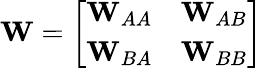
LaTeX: \mathbf{W}=\left[\begin{array}{ll}{\mathbf{W}_{AA}}&{\mathbf{W}_{AB}}\\ {\mathbf{W}_{BA}}&{\mathbf{W}_{BB}}\end{array}\right]